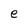
Character: e